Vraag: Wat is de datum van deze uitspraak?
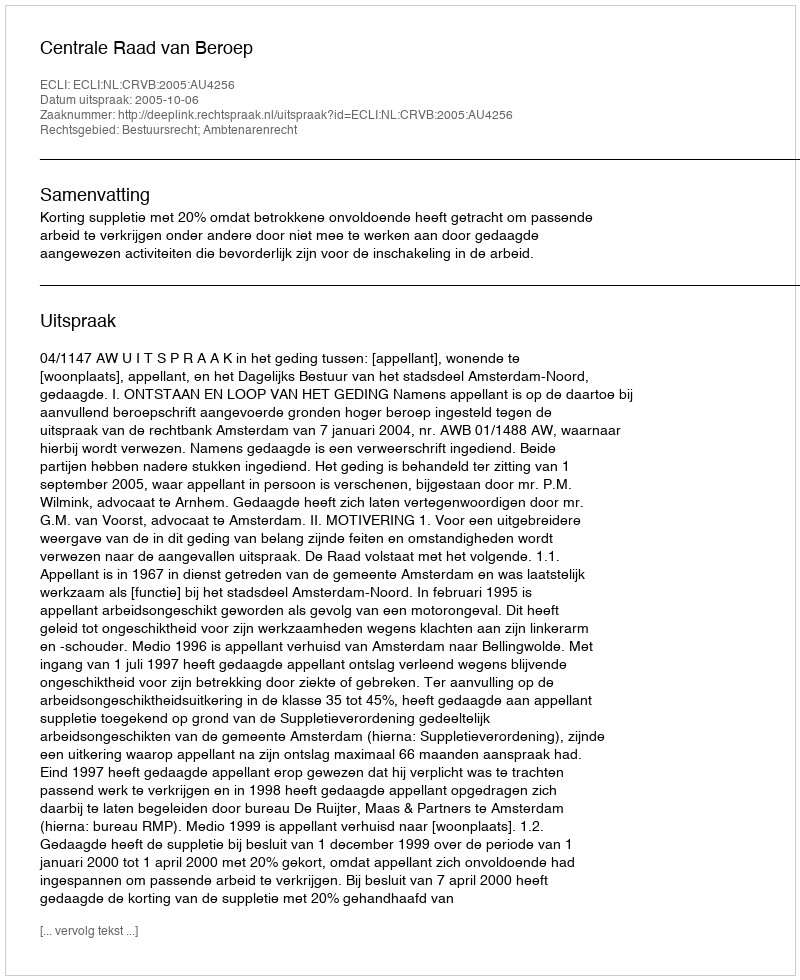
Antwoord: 2005-10-06